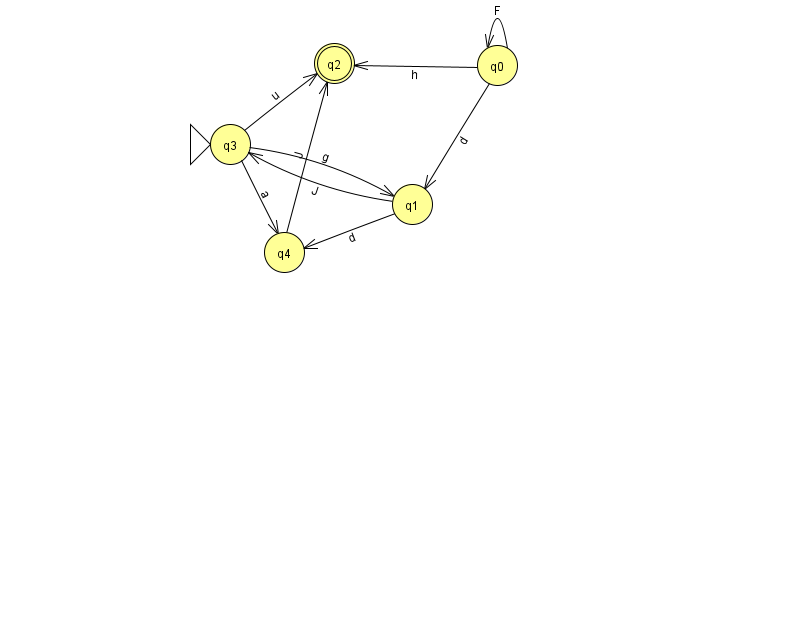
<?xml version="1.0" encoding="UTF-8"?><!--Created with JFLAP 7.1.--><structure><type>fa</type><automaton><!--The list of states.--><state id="0" name="q0"><x>497.0</x><y>52.0</y></state><state id="1" name="q1"><x>412.0</x><y>191.0</y></state><state id="2" name="q2"><x>334.0</x><y>50.0</y><final/></state><state id="3" name="q3"><x>230.0</x><y>131.0</y><initial/></state><state id="4" name="q4"><x>284.0</x><y>239.0</y></state><!--The list of transitions.--><transition><from>1</from><to>3</to><read>J</read></transition><transition><from>0</from><to>2</to><read>h</read></transition><transition><from>1</from><to>4</to><read>d</read></transition><transition><from>0</from><to>0</to><read>F</read></transition><transition><from>0</from><to>1</to><read>d</read></transition><transition><from>3</from><to>2</to><read>u</read></transition><transition><from>3</from><to>4</to><read>a</read></transition><transition><from>3</from><to>1</to><read>g</read></transition><transition><from>4</from><to>2</to><read>J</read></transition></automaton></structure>